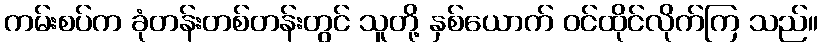
ကမ်းစပ်က ခုံတန်းတစ်တန်းတွင် သူတို့ နှစ်ယောက် ဝင်ထိုင်လိုက်ကြ သည်။